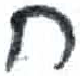
אות: ח